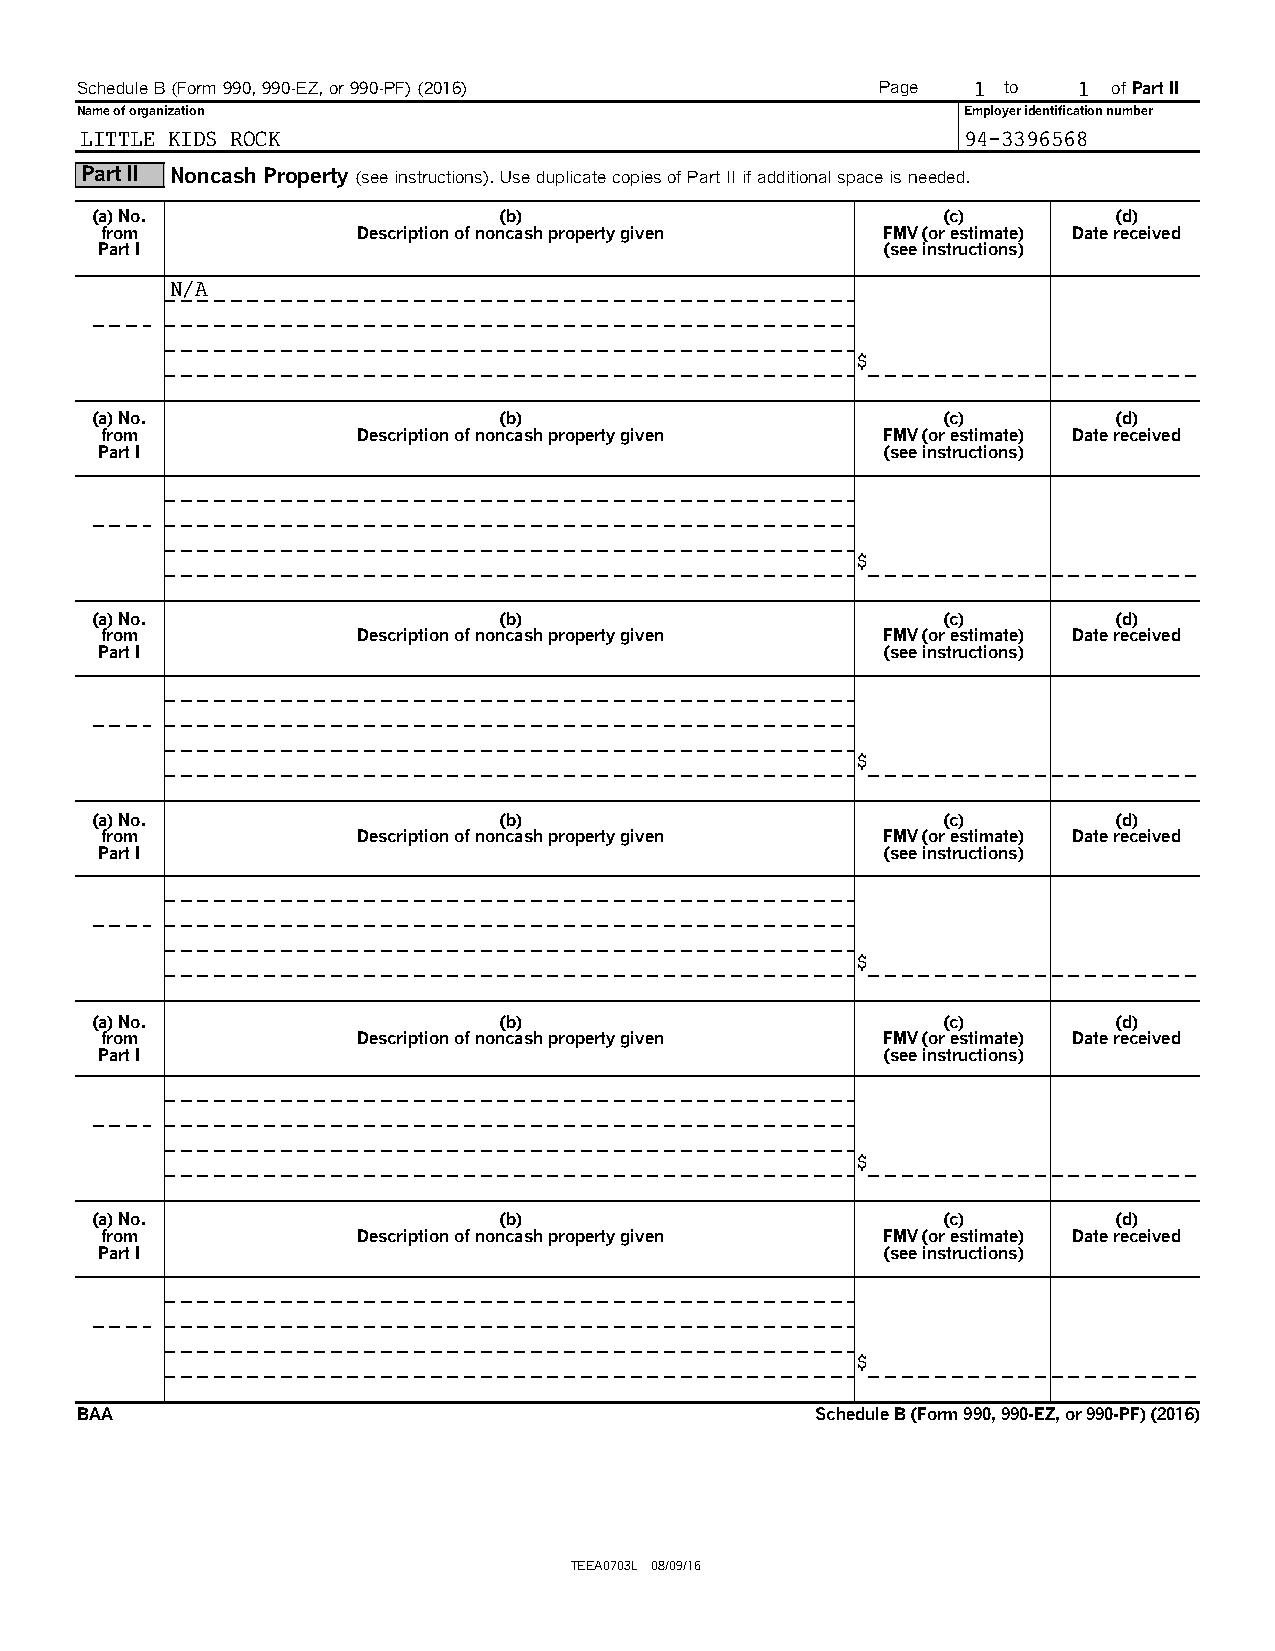
Schedule B (Form 990, 990-EZ, or 990-PF) (2016)      Page  1 to   1  of Part II
 Name of organization                                       Employer identification number
 LITTLE KIDS ROCK                                           94-3396568
 Part II Noncash Property (see instructions). Use duplicate copies of Part II if additional space is needed.
 (a) No.                    (b)                          (c)         (d)
 from             Description of noncash property given FMV (or estimate) Date received
 Part I                                              (see instructions)
 N/A
 $
 (a) No.                    (b)                          (c)         (d)
 from             Description of noncash property given FMV (or estimate) Date received
 Part I                                              (see instructions)
 $
 (a) No.                    (b)                          (c)         (d)
 from             Description of noncash property given FMV (or estimate) Date received
 Part I                                              (see instructions)
 $
 (a) No.                    (b)                          (c)         (d)
 from             Description of noncash property given FMV (or estimate) Date received
 Part I                                              (see instructions)
 $
 (a) No.                    (b)                          (c)         (d)
 from             Description of noncash property given FMV (or estimate) Date received
 Part I                                              (see instructions)
 $
 (a) No.                    (b)                          (c)         (d)
 from             Description of noncash property given FMV (or estimate) Date received
 Part I                                              (see instructions)
 $
 BAA                                              Schedule B (Form 990, 990-EZ, or 990-PF) (2016)
 TEEA0703L 08/09/16